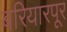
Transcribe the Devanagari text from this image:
बरियारपूर